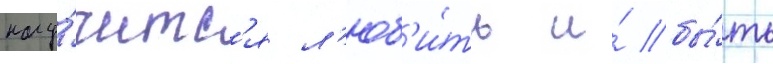
нау́читс'я л'юб'и́ть и́ бы́ть